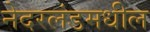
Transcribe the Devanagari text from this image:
नेदरलंडमधील